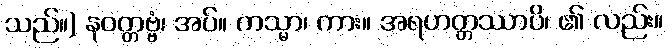
သည်။) နဝတ္တဗ္ဗံ၊ အပ်။ ကသ္မာ၊ ကား။ အရဟတ္တဿာပိ၊ ၏ လည်း။